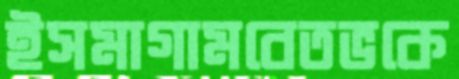
ইসমাগামবেতভকে